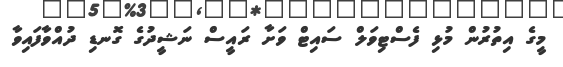
މީގެ އިތުރުން މުޅި ފެސްޓިވަލް ސައިޓް ވަށާ ރައީސް ނަޝީދުގެ ގޮނޑި ދުއްވާފައިވާ